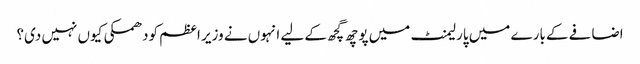
اضافے کے بارے میں پارلیمنٹ میں پوچھ گچھ کے لیے انہوں نے وزیر اعظم کودھمکی کیوں نہیں دی؟